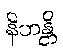
နိဟန္တိ